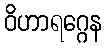
ဝိဟာရဂ္ဂေန